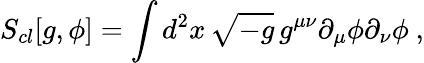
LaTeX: S_{cl}[g,\phi]=\int d^{2}x\, \sqrt{-g}\, g^{\mu\nu}\partial_{\mu}\phi\partial_{\nu}\phi\ ,